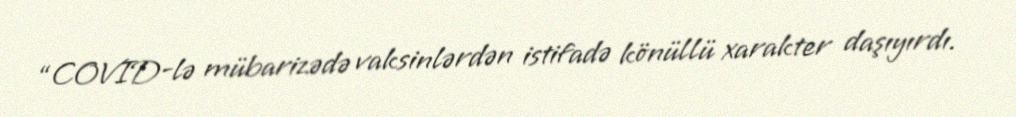
“COVID-lə mübarizədə vaksinlərdən istifadə könüllü xarakter daşıyırdı.